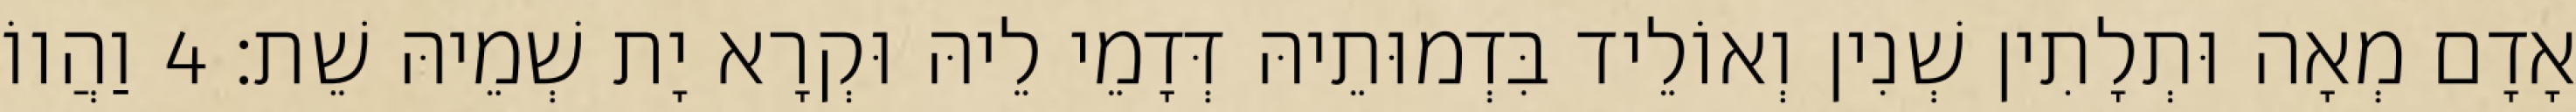
אָדָם מְאָה וּתְלָתִין שְׁנִין וְאוֹלֵיד בִּדְמוּתֵיהּ דְּדָמֵי לֵיהּ וּקְרָא יָת שְׁמֵיהּ שֵׁת׃ 4 וַהֲווֹ